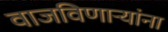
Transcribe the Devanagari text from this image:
वाजविणार्‍यांना